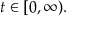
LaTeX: t \in [ 0 , \infty ) .